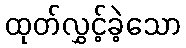
ထုတ်လွှင့်ခဲ့သော